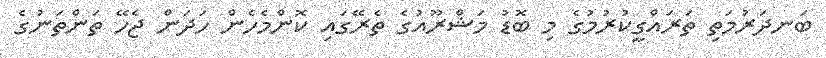
ބަނދަރުމަތި ތަރައްގީކުރުމުގެ މި ބޮޑު މަޝްރޫއުގެ ތެރޭގައި ކޮންމެހެން ހަދަން ޖެހޭ ތަންތަނުގެ